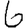
Digit: 6